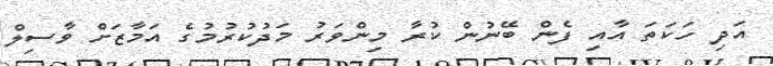
އަދި ހަކަތަ އާއި ފެން ބޭނުން ކުރާ މިންވަރު މަދުކުރުމުގެ އަމާޒަށް ވާސިލް